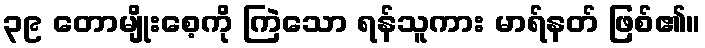
၃၉ တောမျိုးစေ့ကို ကြဲသော ရန်သူကား မာရ်နတ် ဖြစ်၏။